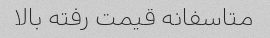
متاسفانه قیمت رفته بالا